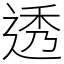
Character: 透